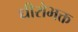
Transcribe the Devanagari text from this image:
धीरोभक्त